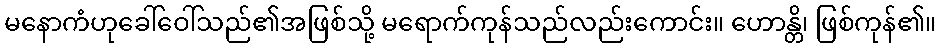
မနောကံဟုခေါ်ဝေါ်သည်၏အဖြစ်သို့ မရောက်ကုန်သည်လည်းကောင်း။ ဟောန္တိ၊ ဖြစ်ကုန်၏။